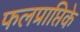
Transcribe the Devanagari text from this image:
फलप्राप्तिके